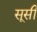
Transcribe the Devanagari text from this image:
सूसी